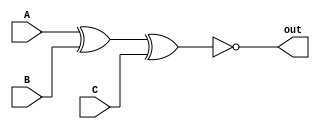
`timescale 1ns / 1ps
//////////////////////////////////////////////////////////////////////////////////
// Company: 
// Engineer: 
// 
// Design Name: 
// Module Name:    Odd_Parity 
// Project Name: 
// Target Devices: 
// Tool versions: 
// Description: 
//
// Dependencies: 
//
// Revision: 
// Revision 0.01 - File Created
// Additional Comments: 
//
//////////////////////////////////////////////////////////////////////////////////
module Odd_Parity(A,B,C,out);

input A,B,C;
output reg out;
always@(A,B,C)
begin
	out=~(A^B^C);
end


endmodule